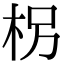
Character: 枴